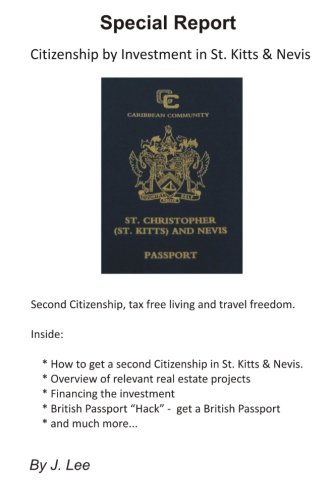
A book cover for Citizenship by Investment in St. Kitts & Nevis: Second Citizenship, tax free living and travel freedom.; J. Lee; Travel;